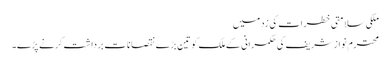
ملکی سلامتی خطرات کی زد میں
محترم نواز شریف کی حکمرانی کے ملک کو تین بڑے نقصانات برداشت کرنے پڑے۔